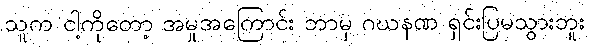
သူက ငါ့ကိုတော့ အမှုအကြောင်း ဘာမှ ဂဃနဏ ရှင်းပြမသွားဘူး